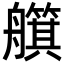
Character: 𦪵